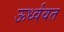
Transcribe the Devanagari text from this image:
ऊर्ध्ववत